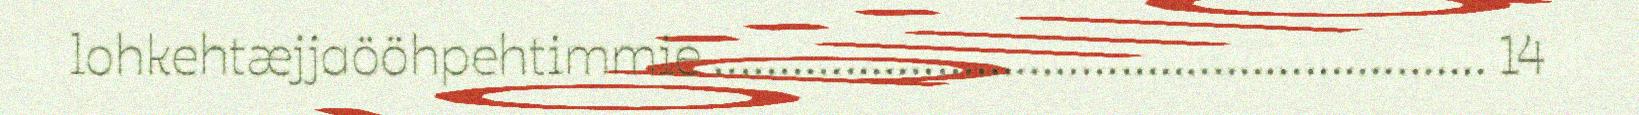
lohkehtæjjaööhpehtimmie ........................................................... 14